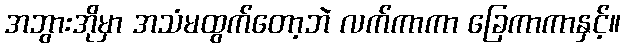
အဘွားအိုမှာ အသံမထွက်တော့ဘဲ လက်ကာကာ ခြေကာကာနှင့်။